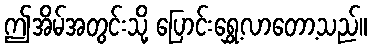
ဤအိမ်အတွင်းသို့ ပြောင်းရွှေ့လာတော့သည်။